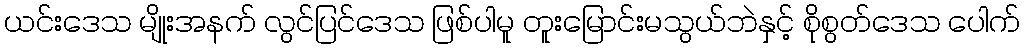
ယင်းဒေသ မျိုးအနက် လွင်ပြင်ဒေသ ဖြစ်ပါမူ တူးမြောင်းမသွယ်ဘဲနှင့် စိုစွတ်ဒေသ ပေါက်